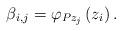
LaTeX: \begin{align*}\beta_{i,j}=\varphi_{Pz_{j}}\left( z_{i}\right) . \end{align*}